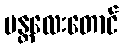
မန္တလေးတောင်